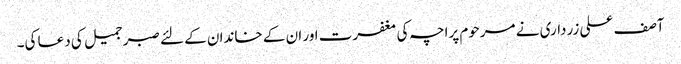
آصف علی زرداری نے مرحوم پراچہ کی مغفرت اور ان کے خاندان کے لئے صبر جمیل کی دعا کی۔